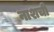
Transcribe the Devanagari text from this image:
नाशची